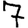
Digit: 7